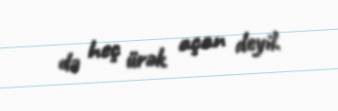
də heç ürək açan deyil.